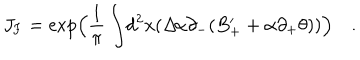
J _ { \mathrm { { F } } } = \exp \Bigl ( \frac { 1 } { \pi } \int \! d ^ { 2 } x ( \Delta \! \alpha \partial _ { - } ( B _ { + } ^ { \prime } + \alpha \partial _ { + } \theta ) ) \Bigr ) \quad .